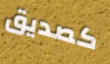
كصديق